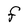
Character: F